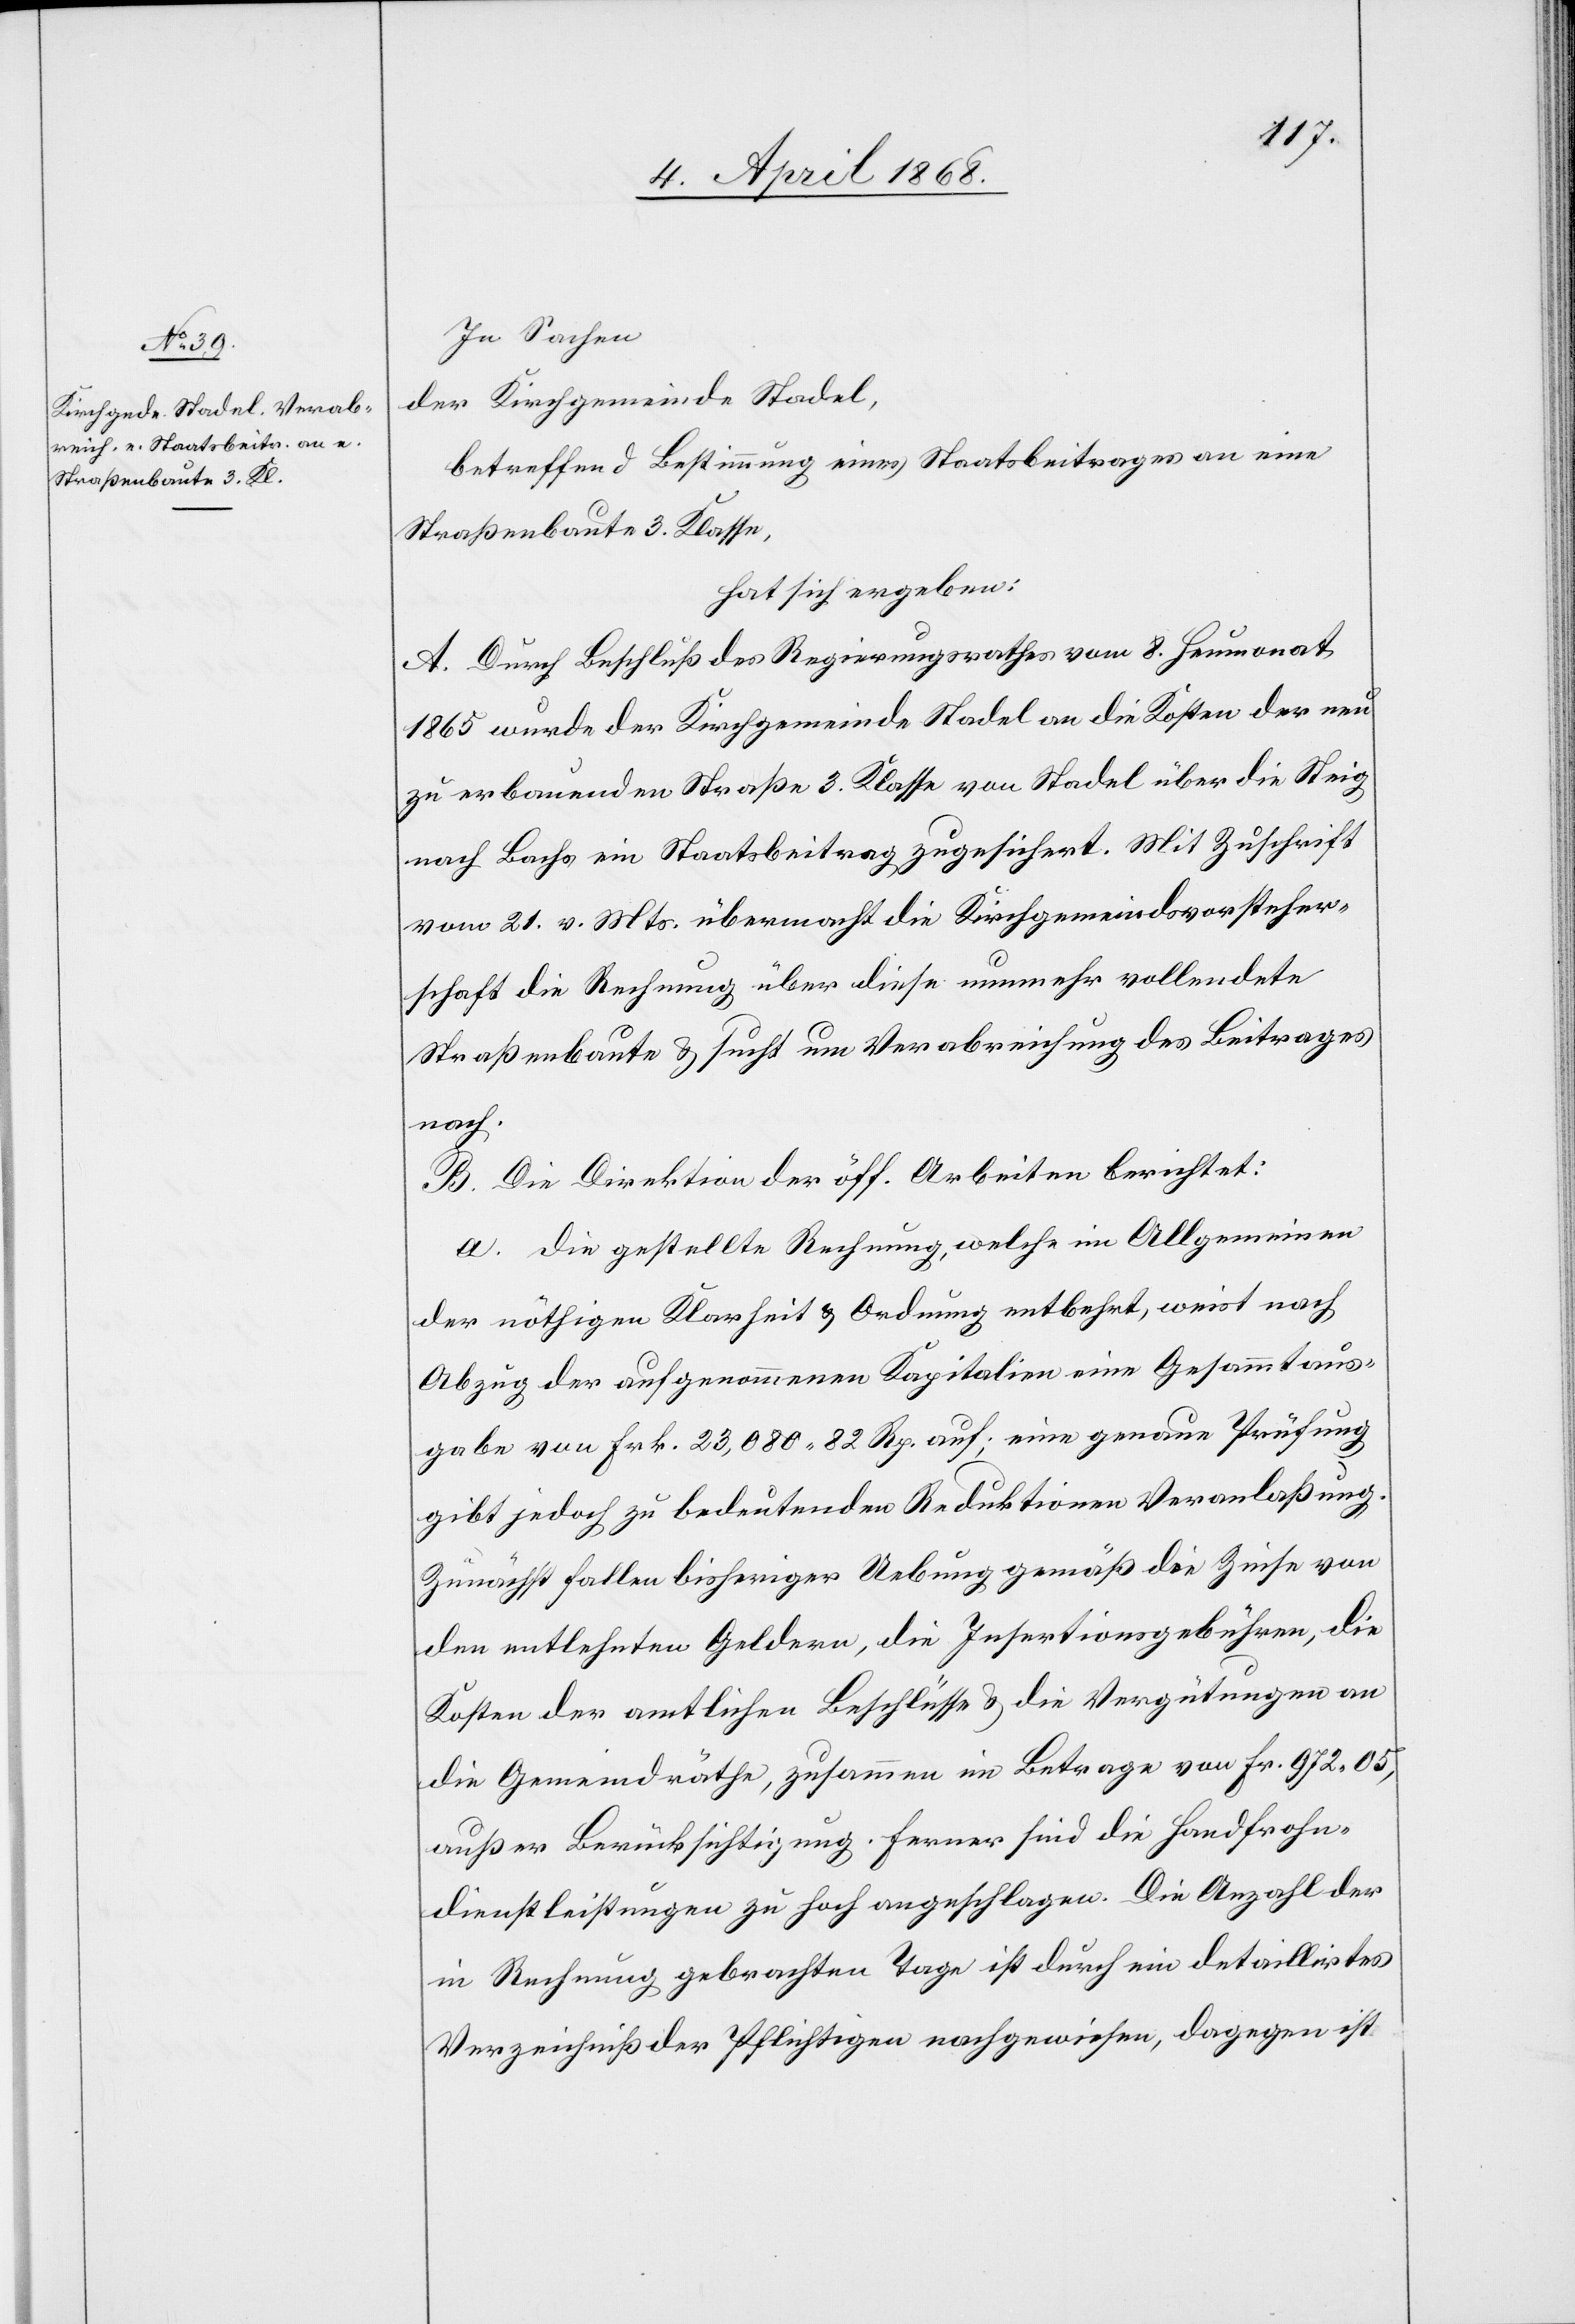
In Sachen
der Kirchgemeinde Stadel,
betreffend Bestimmung eines Staatsbeitrages an eine
Straßenbaute 3. Klasse,
hat sich ergeben:
A. Durch Beschluß des Regierungsrathes vom 8. Heumonat
1865 wurde der Kirchgemeinde Stadel an die Kosten der neu
zu erbauenden Straße 3. Klasse von Stadel über die Steig
nach Bachs ein Staatsbeitrag zugesichert. Mit Zuschrift
vom 21. v. Mts. übermacht die Kirchgemeindsvorsteher¬
schaft die Rechnung über diese nunmehr vollendete
Straßenbaute & sucht um Verabreichung des Beitrages
nach.
B. Die Direktion der öff. Arbeiten berichtet:
a. die gestellte Rechnung, welche im Allgemeinen
der nöthigen Klarheit & Ordnung entbehrt, weist nach
Abzug der aufgenommenen Kapitalien eine Gesammtaus¬
gabe von Frk. 23,080. 82 Rp. auf; eine genaue Prüfung
gibt jedoch zu bedeutenden Reduktionen Veranlaßung.
Zunächst fallen bisheriger Uebung gemäß die Zinse von
den entlehnten Geldern, die Insertionsgebühren, die
Kosten der amtlichen Beschlüsse & die Vergütungen an
die Gemeindräthe, zusammen im Betrage von Fr. 972. 05,
außer Berücksichtigung. Ferner sind die Handfrohn¬
dienstleistungen zu hoch angeschlagen. Die Anzahl der
in Rechnung gebrachten Tage ist durch ein detaillirtes
Verzeichniß der Pflichtigen nachgewiesen, dagegen ist